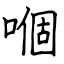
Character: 嗰